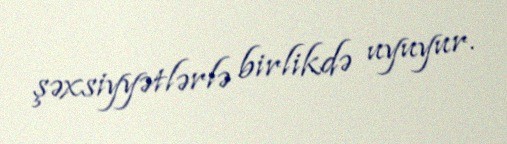
şəxsiyyətlərlə birlikdə uyuyur.